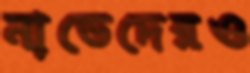
নাভেদেরও